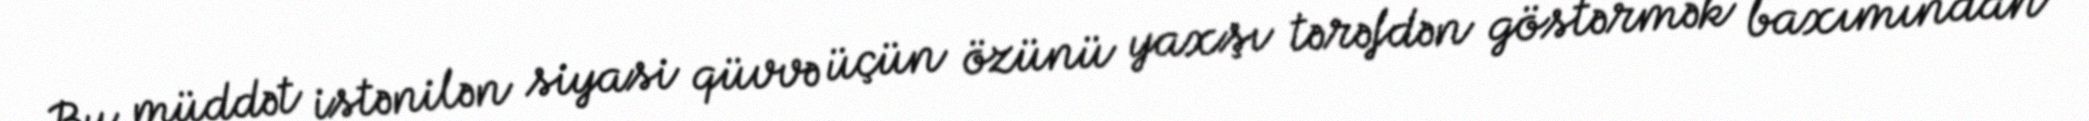
Bu müddət istənilən siyasi qüvvə üçün özünü yaxşı tərəfdən göstərmək baxımından